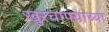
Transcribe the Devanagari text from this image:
खुरचाफ्याच्या